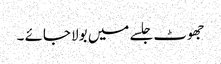
جھوٹ جلسے میں بولا جائے ۔